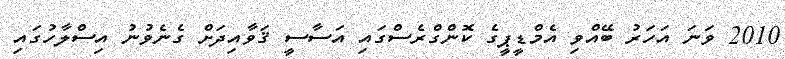
2010 ވަނަ އަހަރު ބޭއްވި އެމްޑީޕީގެ ކޮންގްރެސްގައި އަސާސީ ޤަވާއިދަށް ގެނެވުނު އިސްލާހުގައި